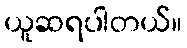
ယူဆရပါတယ်။